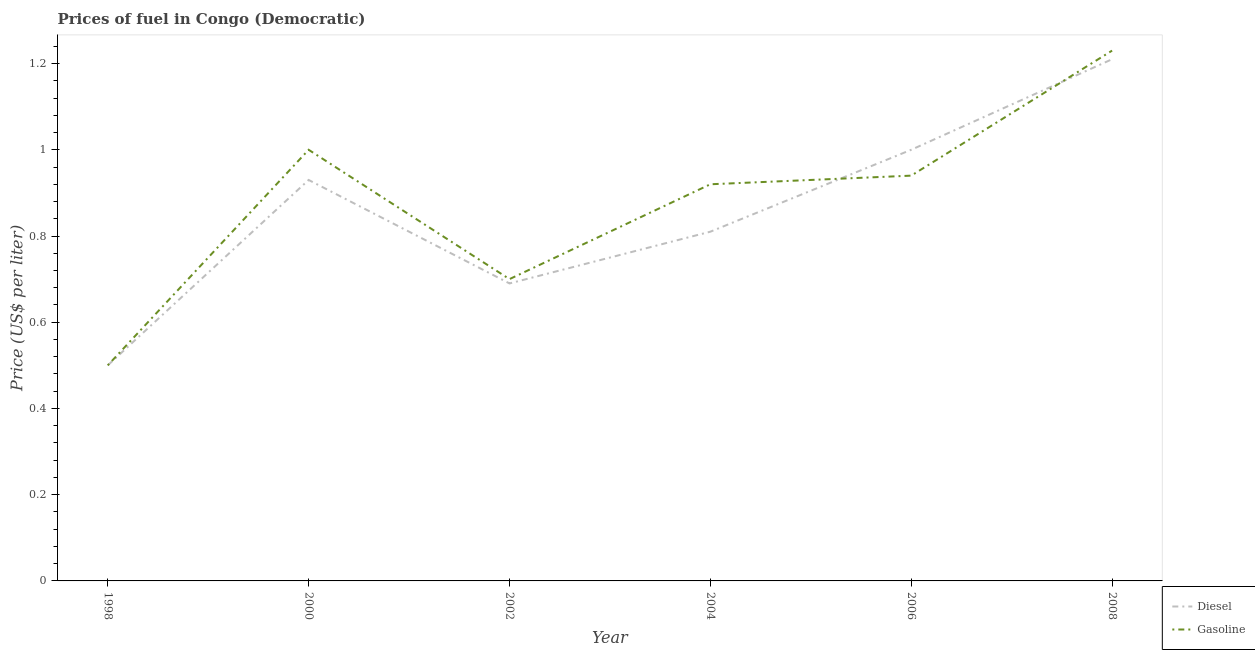
| Year | Diesel | Gasoline |
 | --- | --- | --- |
 | 1998 | 0.5 | 0.5 |
 | 2000 | 0.93 | 1 |
 | 2002 | 0.69 | 0.7 |
 | 2004 | 0.81 | 0.92 |
 | 2006 | 1 | 0.94 |
 | 2008 | 1.21 | 1.23 |